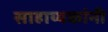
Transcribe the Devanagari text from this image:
साहाय्यकांनी